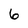
Character: 6